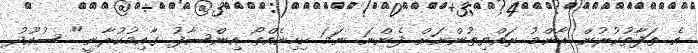
އެ ތަފާތުކުރުން އާންމު ރައްޔިތުންނަށް ފެންނަ ނަމަ ކިހިނެއްތޯ އިންސާފު ގާއިމުކުރާނީ" ސުއޫދު